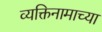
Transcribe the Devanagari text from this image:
व्यक्तिनामाच्या